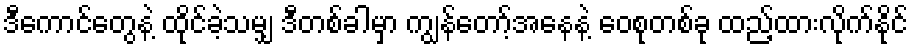
ဒီကောင်တွေနဲ့ ထိုင်ခဲ့သမျှ ဒီတစ်ခါမှာ ကျွန်တော့်အနေနဲ့ ဝေစုတစ်ခု ထည့်ထားလိုက်နိုင်